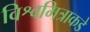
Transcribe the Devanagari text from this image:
विश्वमित्राकडे